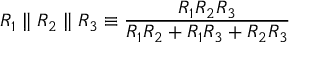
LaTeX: R _ { 1 } \parallel R _ { 2 } \parallel R _ { 3 } \equiv { \frac { R _ { 1 } R _ { 2 } R _ { 3 } } { R _ { 1 } R _ { 2 } + R _ { 1 } R _ { 3 } + R _ { 2 } R _ { 3 } } }